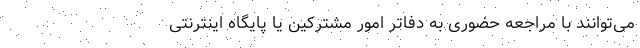
می‌توانند با مراجعه حضوری به دفاتر امور مشترکین یا پایگاه اینترنتی